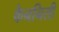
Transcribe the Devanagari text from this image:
कैननिसी